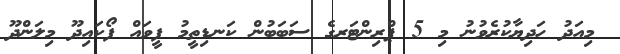
މިއަދު ހަދިޔާކުރެވުނު މި 5 ޕްރިންޓަރގެ ސަބަބުން ކަނޑިތީމު ފީވައް ފޯކައިދޫ މިލަންދޫ